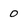
Character: 0